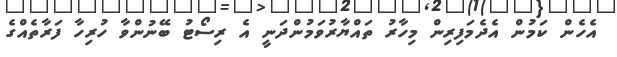
އެހެން ކަމުން އެދެމަފިރިން މިހާރު ތައްޔާރުވަމުންދަނީ އެ ރިސޯޓު ބޭނުންވާ ހުރިހާ ފަރާތެއްގެ